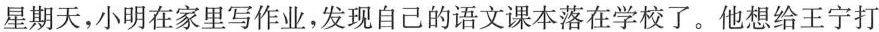
星期天，小明在家里写作业，发现自己的语文课本落在学校了。他想给王宁打